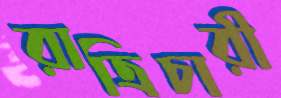
রাত্রিচারী